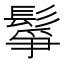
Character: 鬇